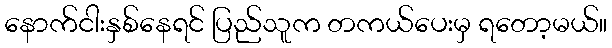
နောက်ငါးနှစ်နေရင် ပြည်သူက တကယ်ပေးမှ ရတော့မယ်။